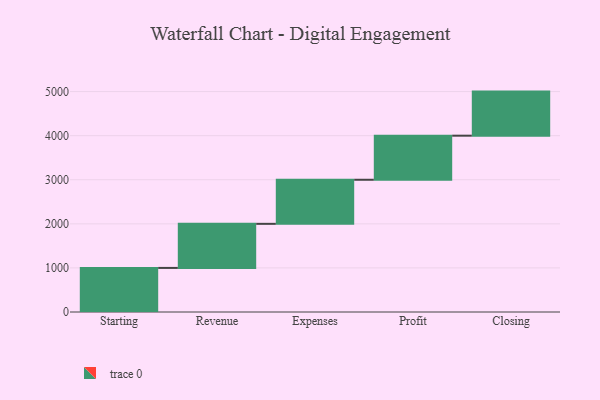
{"axis": {"x": "Step", "y": "Value"}, "legend": [""], "data": [{"x": "Starting", "y": 1000, "type": ""}, {"x": "Revenue", "y": 1000, "type": ""}, {"x": "Expenses", "y": 1000, "type": ""}, {"x": "Profit", "y": 1000, "type": ""}, {"x": "Closing", "y": 1000, "type": ""}]}